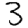
Digit: 3